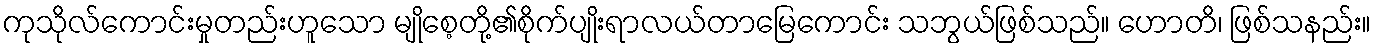
ကုသိုလ်ကောင်းမှုတည်းဟူသော မျိုစေ့တို့၏စိုက်ပျိုးရာလယ်တာမြေကောင်း သဘွယ်ဖြစ်သည်။ ဟောတိ၊ ဖြစ်သနည်း။